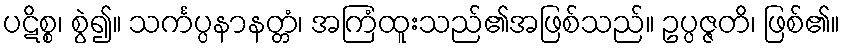
ပဋိစ္စ၊ စွဲ၍။ သင်္ကပ္ပနာနတ္တံ၊ အကြံထူးသည်၏အဖြစ်သည်။ ဥပ္ပဇ္ဇတိ၊ ဖြစ်၏။